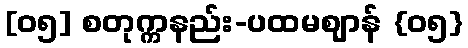
[၀၅] စတုက္ကနည်း-ပထမဈာန် {၀၅}